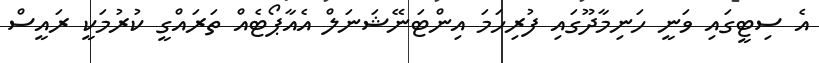
އެ ސިޓީގައި ވަނީ ހަނިމާދޫގައި ފުރިހަމަ އިންޓަނޭޝަނަލް އެއާޕޯޓެއް ތަރައްގީ ކުރުމަކީ ރައީސް